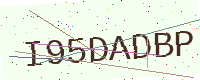
Text: I95DADBP